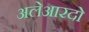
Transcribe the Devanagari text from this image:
अलेआरदो